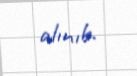
alınıb.